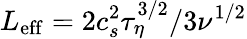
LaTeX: L_{\mathrm{eff}}=2c_{s}^{2}\tau_{\eta}^{3/2}/3\nu^{1/2}